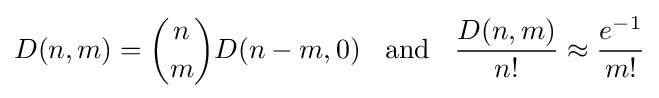
D(n,m)={n \choose m}D(n-m,0)\;\;{\text{ and }}\;\;{\frac {D(n,m)}{n!}}\approx {\frac {e^{-1}}{m!}}